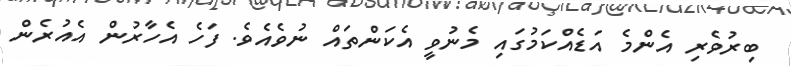
ބިރުވެރި އެންމެ އަޑެއްކަމުގައި މެނުވީ އެކަންތައް ނުވެއެވެ. ފަހެ އެހާރުން އެއުރެން